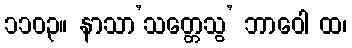
၁၁၀၃။ နာသာ’သတ္တေသွ’ ဘာဝေါ ထ၊